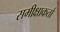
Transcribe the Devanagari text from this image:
समीक्षाकर्ता